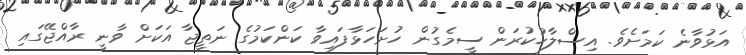
އަޅުވާނެ ކަމަށެވެ. އިސްލާހުކުރަން ސީމެގުން ހުށަހަޅާފައިވާ ކަންކަމުގެ ނަތީޖާ އަކަށް ވާނީ ރާއްޖޭގައި